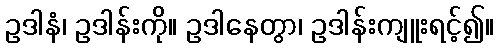
ဥဒါနံ၊ ဥဒါန်းကို။ ဥဒါနေတွာ၊ ဥဒါန်းကျူးရင့်၍။